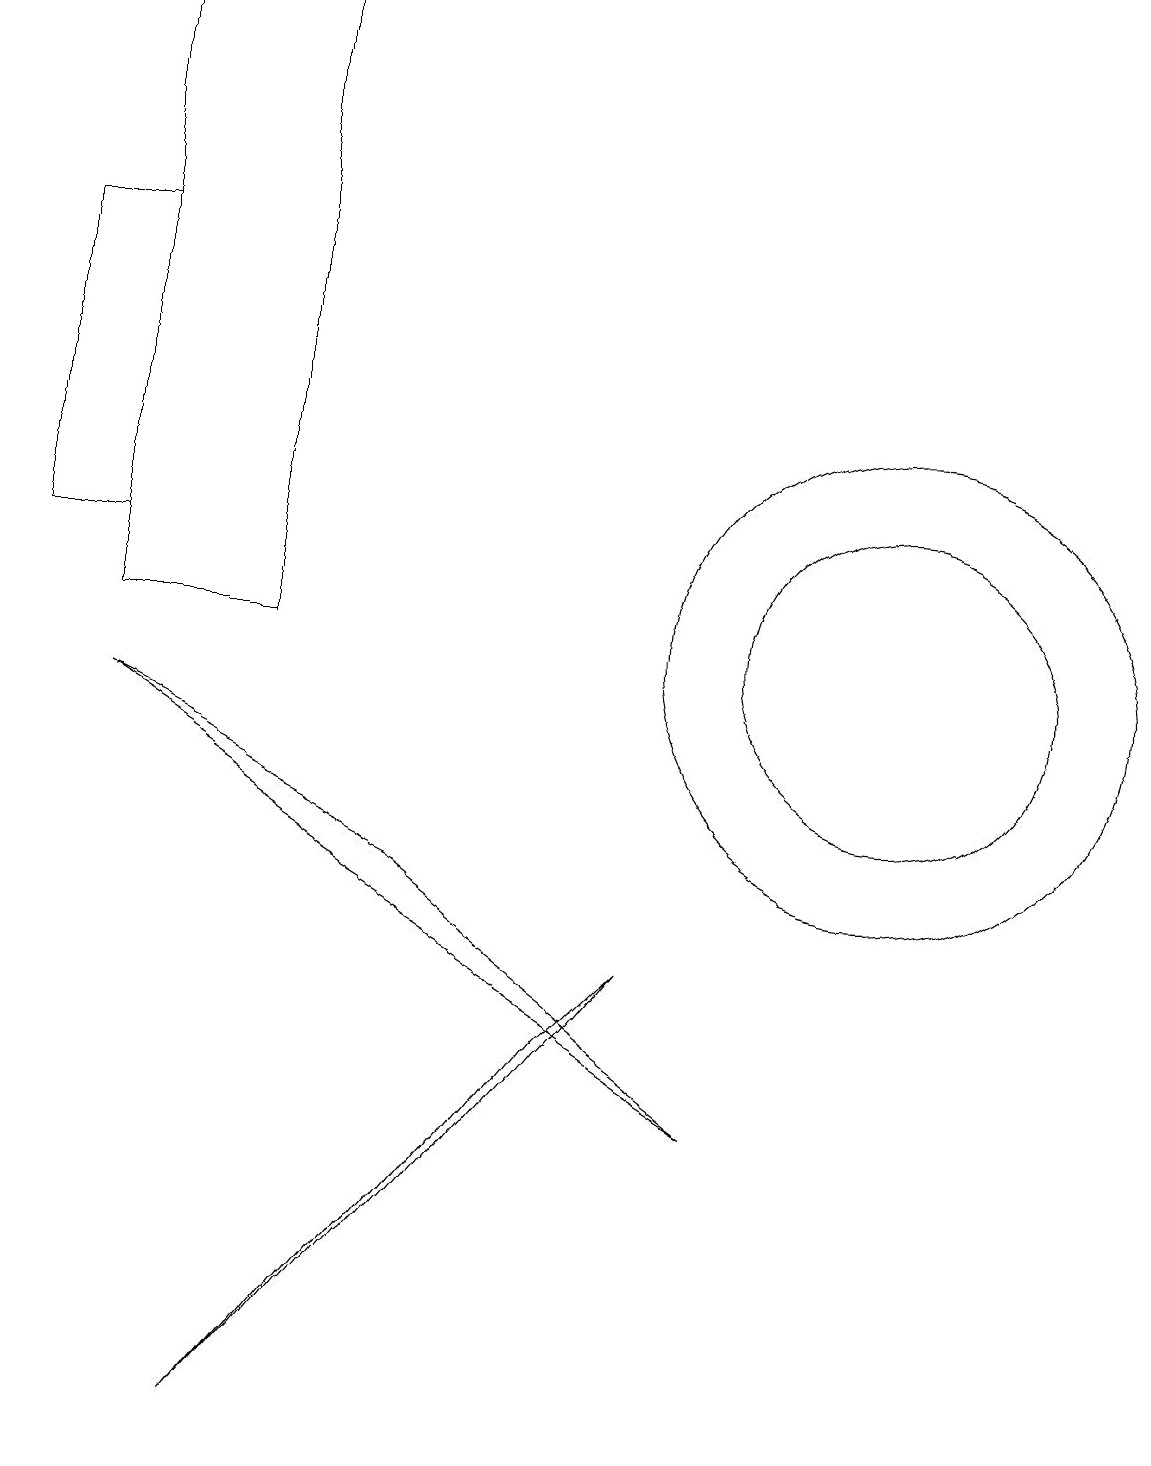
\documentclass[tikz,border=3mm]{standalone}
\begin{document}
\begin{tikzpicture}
\draw (1,18) rectangle (3,10);
\draw (11,10) circle (3);
\draw (5,7) -- (9,4) -- (1,9) -- cycle;
\draw (11,10) circle (2);
\draw (8,6) -- (7,5) -- (3,0) -- cycle;
\draw (0,15) rectangle (1,11);
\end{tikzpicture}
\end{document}